Investigations on Bengal jail dietaries - Number 37
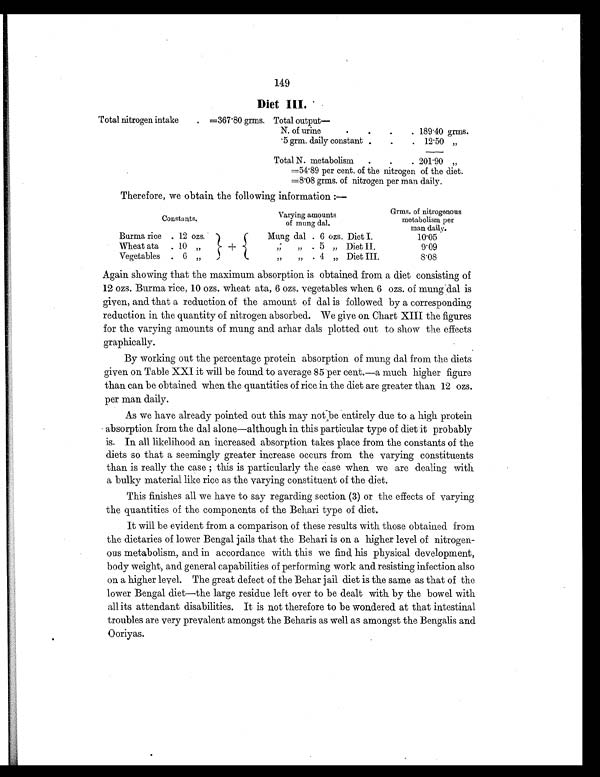
149
Diet III.
Total nitrogen intake
. =367.80 grms. T o t a l o u t p u t —
N. of urine
.
.
. . 189.40 grms.
.5 grm. daily constant .
.
. 12.50 „
Total N. metabolism
.
.
. 201.90 „
=54.89 per cent. of the nitrogen of the diet.
=8.08 grms. of nitrogen per man daily.
Therefore, we obtain the following information :—
Constants.
Varying amounts
of mung dal .
Grms. of nitrogenous
metabolism per
man daily.
Burma rice . 12 ozs,
+
Mung dal . 6 ozs. Diet I.
10.05
Wheat ata
. 10 „
„
„ . 5 „ Diet II.
9.09
Vegetables . 6 „
„
„ . 4 „ Diet III.
8.08
Again showing that the maximum absorption is obtained from a diet consisting of
12 ozs. Burma rice, 10 ozs. wheat ata, 6 ozs. vegetables when 6 ozs. of mung dal is
given, and that a reduction of the amount of dal is followed by a corresponding
reduction in the quantity of nitrogen absorbed. We give on Chart XIII the figures
for the varying amounts of mung and arhar dals plotted out to show the effects
graphically.
By working out the percentage protein absorption of mung dal from the diets
given on Table XXI it will be found to average 85 per cent.—a much higher figure
than can be obtained when the quantities of rice in the diet are greater than 12 ozs.
per man daily.
As we have already pointed out this may not be entirely due to a high protein
absorption from the dal alone—although in this particular type of diet it probably
is. In all likelihood an increased absorption takes place from the constants of the
diets so that a seemingly greater increase occurs from the varying constituents
than is really the case ; this is particularly the case when we are dealing with
a bulky material like rice as the varying constituent of the diet.
This finishes all we have to say regarding section (3) or the effects of varying
the quantities of the components of the Behari type of diet.
It will be evident from a comparison of these results with those obtained from
the dietaries of lower Bengal jails that the Behari is on a higher level of nitrogen-
ous metabolism, and in accordance with this we find his physical development,
body weight, and general capabilities of performing work and resisting infection also
on a higher level. The great defect of the Behar jail diet is the same as that of the
lower Bengal diet—the large residue left over to be dealt with by the bowel with
all its attendant disabilities. It is not therefore to be wondered at that intestinal
troubles are very prevalent amongst the Beharis as well as amongst the Bengalis and
Ooriyas.